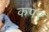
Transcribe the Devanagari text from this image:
कपर